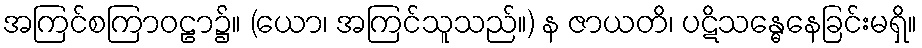
အကြင်စကြာဝဠာ၌။ (ယော၊ အကြင်သူသည်။) န ဇာယတိ၊ ပဋိသန္ဓေနေခြင်းမရှိ။